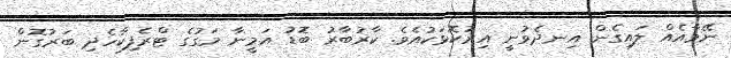
ނޭވާއެއް ލައިގެން އިނދެވުނީ އިރުކޮޅަކުއެވެ. ކާރުބާރު ބޮޑު އަމީނާ މަގުގެ ޓްރެފިކާހެދި ބަރުގޮން